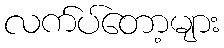
လက်ပ်တော့များ